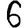
Digit: 6